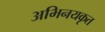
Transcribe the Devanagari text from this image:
अभिनयकृत